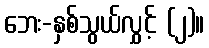
ဘေး-နှစ်သွယ်လွှင့် (၂)။